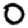
Digit: 0